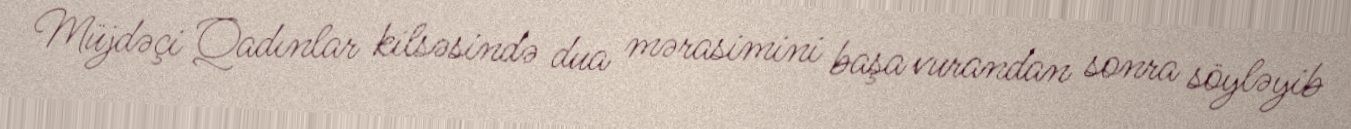
Müjdəçi Qadınlar kilsəsində dua mərasimini başa vurandan sonra söyləyib